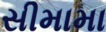
સીમામા